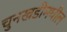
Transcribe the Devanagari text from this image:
चुनखडीमधील